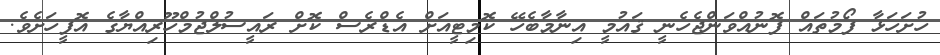
ހުށަހަޅާ ފޯމުތައް ފޮނުއްވަންޖެހެނީ ޤައުމީ އިނާމާބެހޭ ކޮމިޓީއަށް އެޑްރެސް ކޮށް ރައީސުލްޖުމްހޫރިއްޔާގެ އޮފީހަށެވެ.